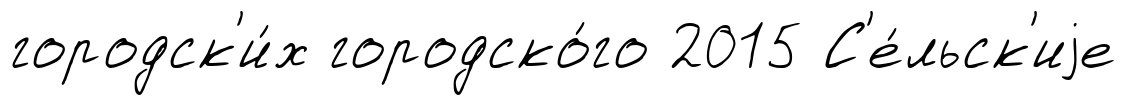
городск'и́х городско́го 2015 С'е́льск'иjе